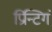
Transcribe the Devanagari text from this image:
प्रिन्टिगं